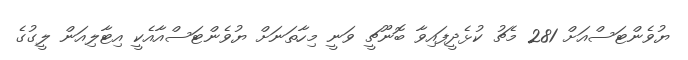
ޔުވެންޓަސްއަށް 281 މެޗު ކުޅެދީފައިވާ ބޮނޫޗީ ވަނީ މިހާތަނަށް ޔުވެންޓަސްއާއެކީ އިޓާލިއަން ލީގުގެ